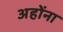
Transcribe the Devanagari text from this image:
अहोंना